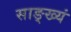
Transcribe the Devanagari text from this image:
साङ्ख्यं